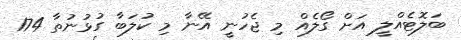
ބަލޮޓެއްލީ އަށް ގޯލެއް މި ޖެހުނީ އޭނާ މި ކުލަބާ ގުޅުނުތާ 174